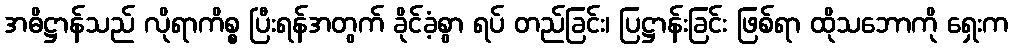
အဓိဋ္ဌာန်သည် လိုရာကိစ္စ ပြီးရန်အတွက် ခိုင်ခံ့စွာ ရပ် တည်ခြင်း၊ ပြဋ္ဌာန်းခြင်း ဖြစ်ရာ ထိုသဘောကို ရှေးက